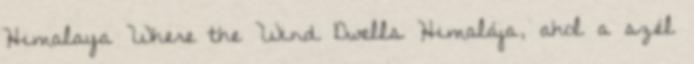
Himalaya Where the Wind Dwells Himalája, ahol a szél